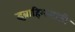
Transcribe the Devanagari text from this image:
इब्राहिमसाठी